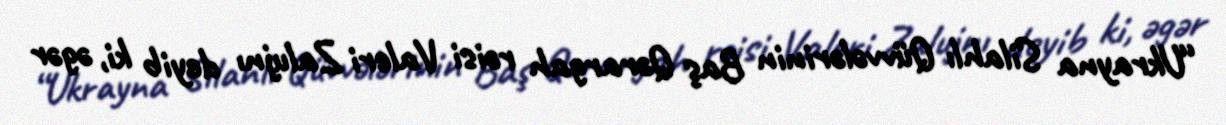
“Ukrayna Silahlı Qüvvələrinin Baş Qərargah rəisi Valeri Zalujnı deyib ki, əgər